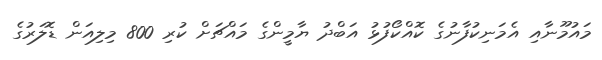
މައުމޫނާއި އެމަނިކުފާނުގެ ކޮއްކޯފުޅު އަބްދު ޔާމީންގެ މައްޗަށް ކުރި 800 މިލިއަން ޑޮލަރުގެ